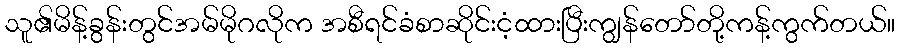
သူ၏မိန့်ခွန်းတွင်အမ်မိုဂလိုက အစီရင်ခံစာဆိုင်းငံ့ထားပြီးကျွန်တော်တို့ကန့်ကွက်တယ်။